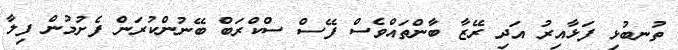
ތުނބުޅި ފަޅާއިރު އަދި ރޭޒާ ބާންތައްވެސް ފޭސް ސްކްރަބް ބޭނުންކުރަން ފެށުމުން ފިލާ